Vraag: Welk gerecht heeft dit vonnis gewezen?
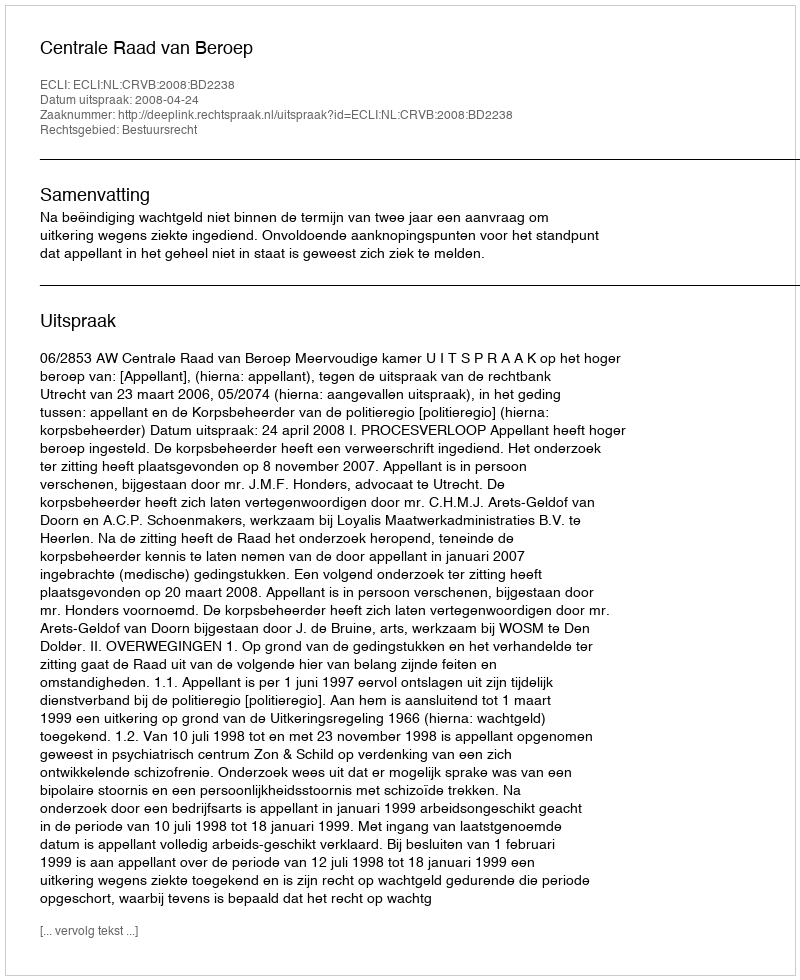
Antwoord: Centrale Raad van Beroep